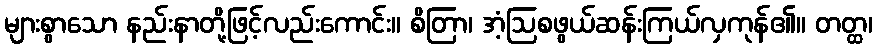
များစွာသော နည်းနာတို့ဖြင့်လည်းကောင်း။ စိတြာ၊ အံ့ဩစဖွယ်ဆန်းကြယ်လှကုန်၏။ တတ္ထ၊